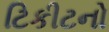
ટિકીટનો